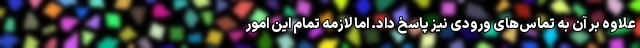
علاوه بر آن به تماس‌های ورودی نیز پاسخ داد. اما لازمه تمام این امور